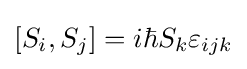
[S_{i},S_{j}]=i\hbar S_{k}\varepsilon _{ijk}